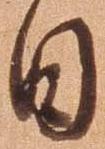
日